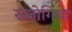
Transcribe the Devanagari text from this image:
संजोगिया